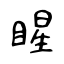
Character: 睲